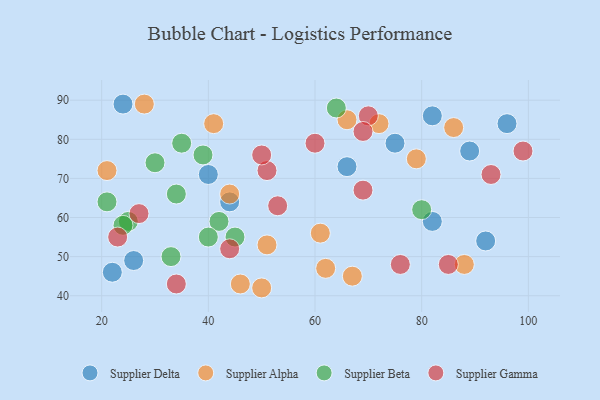
{"axis": {"x": "GDP", "y": "Life Expectancy"}, "legend": ["Supplier Alpha", "Supplier Beta", "Supplier Delta", "Supplier Gamma"], "data": [{"x": "92", "y": 54, "type": "Supplier Delta"}, {"x": "66", "y": 73, "type": "Supplier Delta"}, {"x": "40", "y": 71, "type": "Supplier Delta"}, {"x": "26", "y": 49, "type": "Supplier Delta"}, {"x": "82", "y": 59, "type": "Supplier Delta"}, {"x": "89", "y": 77, "type": "Supplier Delta"}, {"x": "75", "y": 79, "type": "Supplier Delta"}, {"x": "22", "y": 46, "type": "Supplier Delta"}, {"x": "82", "y": 86, "type": "Supplier Delta"}, {"x": "96", "y": 84, "type": "Supplier Delta"}, {"x": "24", "y": 89, "type": "Supplier Delta"}, {"x": "44", "y": 64, "type": "Supplier Delta"}, {"x": "21", "y": 72, "type": "Supplier Alpha"}, {"x": "62", "y": 47, "type": "Supplier Alpha"}, {"x": "67", "y": 45, "type": "Supplier Alpha"}, {"x": "88", "y": 48, "type": "Supplier Alpha"}, {"x": "41", "y": 84, "type": "Supplier Alpha"}, {"x": "46", "y": 43, "type": "Supplier Alpha"}, {"x": "79", "y": 75, "type": "Supplier Alpha"}, {"x": "28", "y": 89, "type": "Supplier Alpha"}, {"x": "44", "y": 66, "type": "Supplier Alpha"}, {"x": "72", "y": 84, "type": "Supplier Alpha"}, {"x": "61", "y": 56, "type": "Supplier Alpha"}, {"x": "50", "y": 42, "type": "Supplier Alpha"}, {"x": "51", "y": 53, "type": "Supplier Alpha"}, {"x": "66", "y": 85, "type": "Supplier Alpha"}, {"x": "86", "y": 83, "type": "Supplier Alpha"}, {"x": "34", "y": 66, "type": "Supplier Beta"}, {"x": "80", "y": 62, "type": "Supplier Beta"}, {"x": "64", "y": 88, "type": "Supplier Beta"}, {"x": "25", "y": 59, "type": "Supplier Beta"}, {"x": "21", "y": 64, "type": "Supplier Beta"}, {"x": "33", "y": 50, "type": "Supplier Beta"}, {"x": "35", "y": 79, "type": "Supplier Beta"}, {"x": "39", "y": 76, "type": "Supplier Beta"}, {"x": "42", "y": 59, "type": "Supplier Beta"}, {"x": "30", "y": 74, "type": "Supplier Beta"}, {"x": "24", "y": 58, "type": "Supplier Beta"}, {"x": "40", "y": 55, "type": "Supplier Beta"}, {"x": "45", "y": 55, "type": "Supplier Beta"}, {"x": "93", "y": 71, "type": "Supplier Gamma"}, {"x": "69", "y": 67, "type": "Supplier Gamma"}, {"x": "70", "y": 86, "type": "Supplier Gamma"}, {"x": "51", "y": 72, "type": "Supplier Gamma"}, {"x": "27", "y": 61, "type": "Supplier Gamma"}, {"x": "53", "y": 63, "type": "Supplier Gamma"}, {"x": "60", "y": 79, "type": "Supplier Gamma"}, {"x": "23", "y": 55, "type": "Supplier Gamma"}, {"x": "99", "y": 77, "type": "Supplier Gamma"}, {"x": "69", "y": 82, "type": "Supplier Gamma"}, {"x": "50", "y": 76, "type": "Supplier Gamma"}, {"x": "34", "y": 43, "type": "Supplier Gamma"}, {"x": "76", "y": 48, "type": "Supplier Gamma"}, {"x": "85", "y": 48, "type": "Supplier Gamma"}, {"x": "44", "y": 52, "type": "Supplier Gamma"}]}